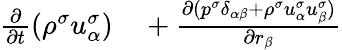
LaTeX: \begin{array}{r}{\begin{array}{rl}{\frac{\partial}{\partial t}(\rho^{\sigma}u_{\alpha}^{\sigma})}&{{}+\frac{\partial(p^{\sigma}\delta_{\alpha\beta}+\rho^{\sigma}u_{\alpha}^{\sigma}u_{\beta}^{\sigma})}{\partial r_{\beta}}}\end{array}}\end{array}